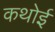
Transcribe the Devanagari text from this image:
कथोई